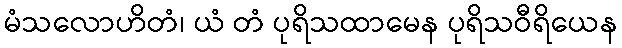
မံသလောဟိတံ၊ ယံ တံ ပုရိသထာမေန ပုရိသဝီရိယေန